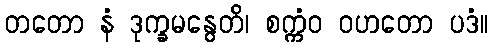
တတော နံ ဒုက္ခမနွေတိ၊ စက္ကံဝ ဝဟတော ပဒံ။